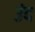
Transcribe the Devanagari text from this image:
उंद